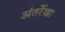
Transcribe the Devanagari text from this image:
अंतर्रेखा